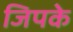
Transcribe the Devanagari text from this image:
जिपके